Annual administration report of the Civil Veterinary Department, Ajmere-Merwara, British Rajputana - 1914-1940
Year: 1914
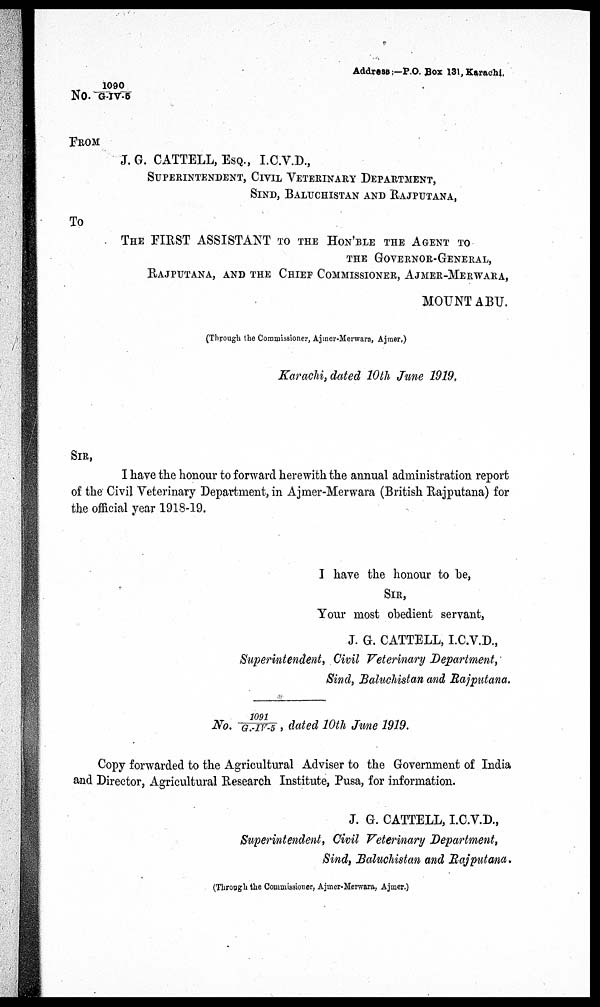
Address:—P.O. Box 131, Karachi.
NO. 1090/G-IV-5
FROM
J. G. CATTELL, ESQ., I.C.V.D.,
SUPRINTENDENT, CIVIL VETERINARY DEPARTMENT,
SIND, BALUCHISTAN AND RAJPUTANA,
To
THE FIRST ASSISTANT TO THE HON'BLE THE AGENT TO
THE GOVERNOR-GENERAL,
RAJPUTANA, AND THE CHIEF COMMISSIONER, AJMER-MERWARA,
MOUNTABU.
(Through the Commissioner, Ajmer-Merwara, Ajmer.)
Karachi, dated 10th June 1919.
SIR,
I have the honour to forward herewith the annual administration report
of the Civil Veterinary Department, in Ajmer-Merwara (British Rajputana) for
the official year 1918-19.
I have the honour to be,
SIR,
Your most obedient servant,
J. G. CATTELL, I.C.V.D.,
Superintendent, Civil Veterinary Department,
Sind, Baluchistan and Rajputana.
No. 1091/ G. -IV-5 , dated 10th June 1919.
Copy forwarded to the Agricultural Adviser to the Government of India
and Director, Agricultural Research Institute, Pusa, for information.
J. G. CATTELL, I.C.V.D.,
Superintendent, Civil Veterinary Department,
Sind, Baluchistan and Rajputana.
(Through the Commissioner, Ajmer-Merwara, Ajmer.)